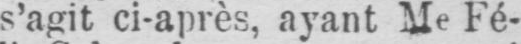
s’agit ci-après, ayant Me Fé-